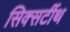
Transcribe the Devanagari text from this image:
सिक्सटींथ